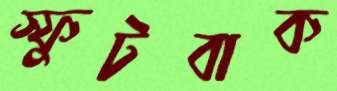
স্ফুটবাক